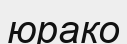
юрако